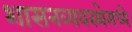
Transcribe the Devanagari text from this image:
शासनव्यवस्थेमध्ये